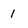
Character: 1